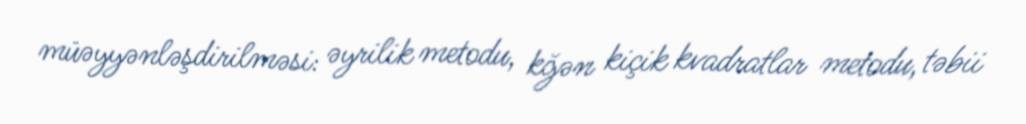
müəyyənləşdirilməsi: əyrilik metodu, kğən kiçik kvadratlar metodu, təbii